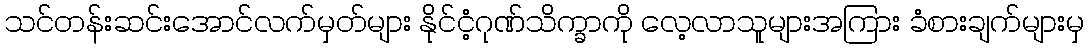
သင်တန်းဆင်းအောင်လက်မှတ်များ နိုင်ငံ့ဂုဏ်သိက္ခာကို လေ့လာသူများအကြား ခံစားချက်များမှ